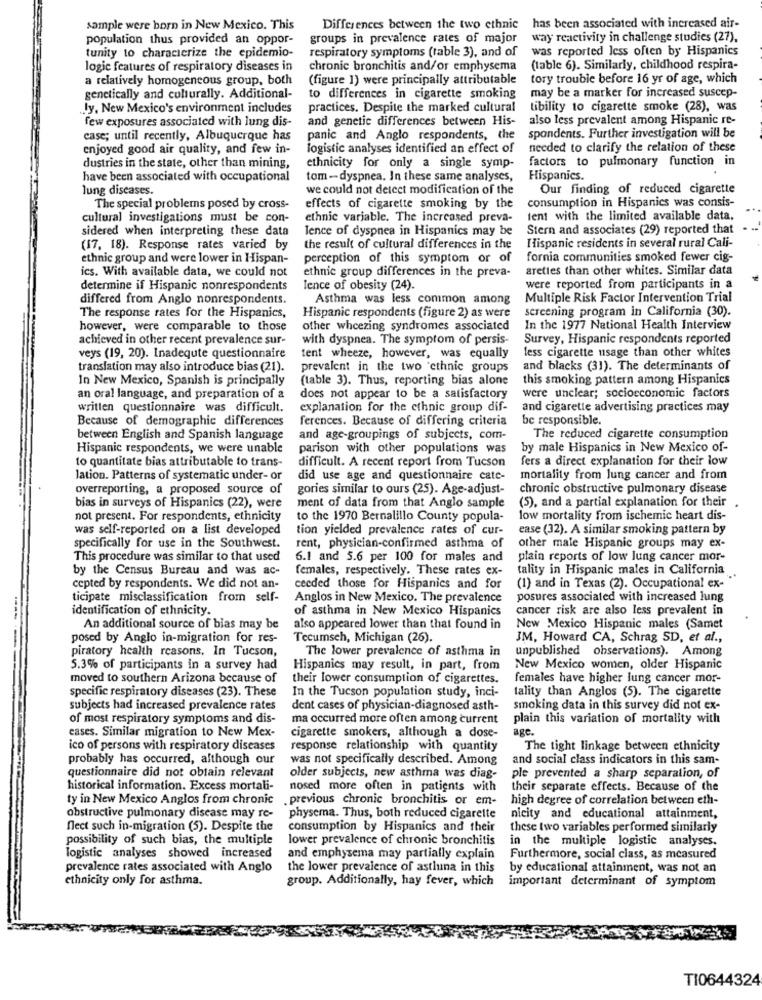
sample were born in New Mexico. This
Differences between the two ethnic
has been associated with increased air-
population thus provided an oppor-
groups in prevalence rates of major
way reactivity in challenge studies (27),
tunity to characterize the epidemio-
respiratory symptoms (table 3), and of
was reported less often by Hispanics
logic features of respiratory diseases in
chronic bronchitis and/or emphysema
(table 6). Similarly, childhood respira-
a relatively homogeneous group, both
(figure 1) were principally attributable
tory trouble before 16 yr of age, which
genetically and culturally. Additional-
to differences in cigarette smoking
may be a marker for increased suscep-
Jy, New Mexico's environment includes
practices. Despite the marked cultural
tibility to cigarette smoke (28), was
few exposures associated with lung dis-
and genetic differences between His-
also less prevalent among Hispanic re-
case; until recently, Albuquerque has
panic and Anglo respondents, the
spondents. Further investigation will be
enjoyed good air quality, and few in-
logistic analyses identified an effect of
needed to clarify the relation of these
factors to pulmonary function in
dustries in the state, other than mining,
ethnicity for only a single symp-
have been associated with occupational
tom-dyspnea. In these same analyses,
Hispanics.
lung diseases.
we could not detect modification of the
Our finding of reduced cigarette
consumption in Hispanics was consis-
The special problems posed by cross-
effects of cigarette smoking by the
cultural investigations must be con-
ethnic variable. The increased preva-
tent with the limited available data,
sidered when interpreting these data
Ience of dyspnea in Hispanics may be
Stern and associates (29) reported that
Hispanic residents in several rural Cali-
(17. 18). Response rates varied by
the result of cultural differences in the
ethnic group and were lower in Hispan-
perception of this symptom or of
fornia communities smoked fewer cig-
ics. With available data, we could not
areties than other whites. Similar data
ethnic group differences in the preva-
determine if Hispanic nonrespondents
Ience of obesity (24).
were reported from participants in a
differed from Anglo nonrespondents.
Asthma was less common among
Multiple Risk Factor Intervention Trial
screening program in California (30).
The response rates for the Hispanics,
Hispanic respondents (figure 2) as were
however, were comparable to those
other wheezing syndromes associated
In the 1977 National Health Interview
achieved in other recent prevalence sur-
with dyspnea. The symptom of persis-
Survey, Hispanic respondents reported
less cigarette usage than other whites
veys (19, 20). Inadequte questionnaire
tent wheeze, however, was equally
translation may also introduce bias (21).
prevalent in the two ethnic groups
and blacks (31). The determinants of
In New Mexico, Spanish is principally
(table 3). Thus, reporting bias alone
this smoking pattern among Hispanics
an oral language, and preparation of a
does not appear to be a satisfactory
were unclear; socioeconomic factors
written questionnaire was difficult.
explanation for the ethnic group dif-
and cigarette advertising practices may
Because of demographic differences
ferences. Because of differing criteria
be responsible.
between English and Spanish language
and age-groupings of subjects, com-
The reduced cigarette consumption
Hispanic respondents, we were unable
parison with other populations was
by male Hispanics in New Mexico of-
to quantitate bias attributable to trans-
difficult. A recent report from Tucson
fers a direct explanation for their low
lation. Patterns of systematic under- or
did use age and questionnaire cate-
mortality from lung cancer and from
overreporting, a proposed source of
gories similar to ours (25). Age-adjust-
chronic obstructive pulmonary disease
(5), and a partial explanation for their
bias in surveys of Hispanics (22), were
ment of data from that Anglo sample
not present. For respondents, ethnicity
to the 1970 Bernalillo County popula-
low mortality from ischemic heart dis-
was self-reported on a list developed
tion yielded prevalence rates of cur-
ease (32). A similar smoking pattern by
specifically for use in the Southwest.
rent, physician-confirmed asthma of
other male Hispanic groups may ex-
This procedure was similar to that used
6.1 and 5.6 per 100 for males and
plain reports of low lung cancer mor-
by the Census Bureau and was ac-
females, respectively. These rates ex-
tality in Hispanic males in California
cepted by respondents. We did not an-
ceeded those for Hispanics and for
(1) and in Texas (2). Occupational ex-"
ticipate misclassification from self-
Anglos in New Mexico. The prevalence
posures associated with increased lung
identification of ethnicity.
of asthma in New Mexico Hispanics
cancer risk are also less prevalent in
An additional source of bias may be
also appeared lower than that found in
New Mexico Hispanic males (Samet
posed by Anglo in-migration for res-
Tecumseh, Michigan (26).
JM, Howard CA, Schrag SD, et al .,
piratory health reasons. In Tucson,
The lower prevalence of asthma in
unpublished observations). Among
5.3% of participants in a survey had
Hispanics may result, in part, from
New Mexico women, older Hispanic
moved to southern Arizona because of
their lower consumption of cigarettes.
females have higher lung cancer mor-
specific respiratory diseases (23). These
In the Tucson population study, inci-
tality than Anglos (5). The cigarette
subjects had increased prevalence rates
dent cases of physician-diagnosed asth-
smoking data in this survey did not ex-
of most respiratory symptoms and dis-
ma occurred more often among current
plain this variation of mortality with
cases. Similar migration to New Mex-
age.
cigarette smokers, although a dose-
ico of persons with respiratory diseases
response relationship with quantity
The tight linkage between ethnicity
probably has occurred, although our
was not specifically described. Among
and social class indicators in this sam-
questionnaire did not obtain relevant
older subjects, new asthma was diag-
ple prevented a sharp separation, of
historical information. Excess mortali-
nosed more often in patients with
their separate effects. Because of the
ty in New Mexico Anglos from chronic previous chronic bronchitis or em-
high degree of correlation between eth-
obstructive pulmonary disease may re-
physema. Thus, both reduced cigarette
nicity and educational attainment,
flect such in-migration (5). Despite the
consumption by Hispanics and their
these two variables performed similarly
possibility of such bias, the multiple
lower prevalence of chronic bronchitis
in the multiple logistic analyses.
logistic analyses showed increased
and emphysema may partially explain
Furthermore, social class, as measured
prevalence rates associated with Anglo
the lower prevalence of astluna in this
by educational attainment, was not an
ethnicity only for asthma.
group. Additionally, hay fever, which
important determinant of symptom
TI0644324